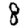
Digit: 8